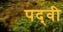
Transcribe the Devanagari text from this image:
पद्‍वी